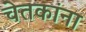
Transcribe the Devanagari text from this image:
चेतकांना